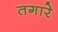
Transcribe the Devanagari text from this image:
तगारे